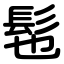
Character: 髢